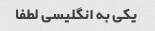
یکی به انگلیسی لطفا